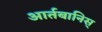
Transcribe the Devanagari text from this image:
आर्तबानिस्